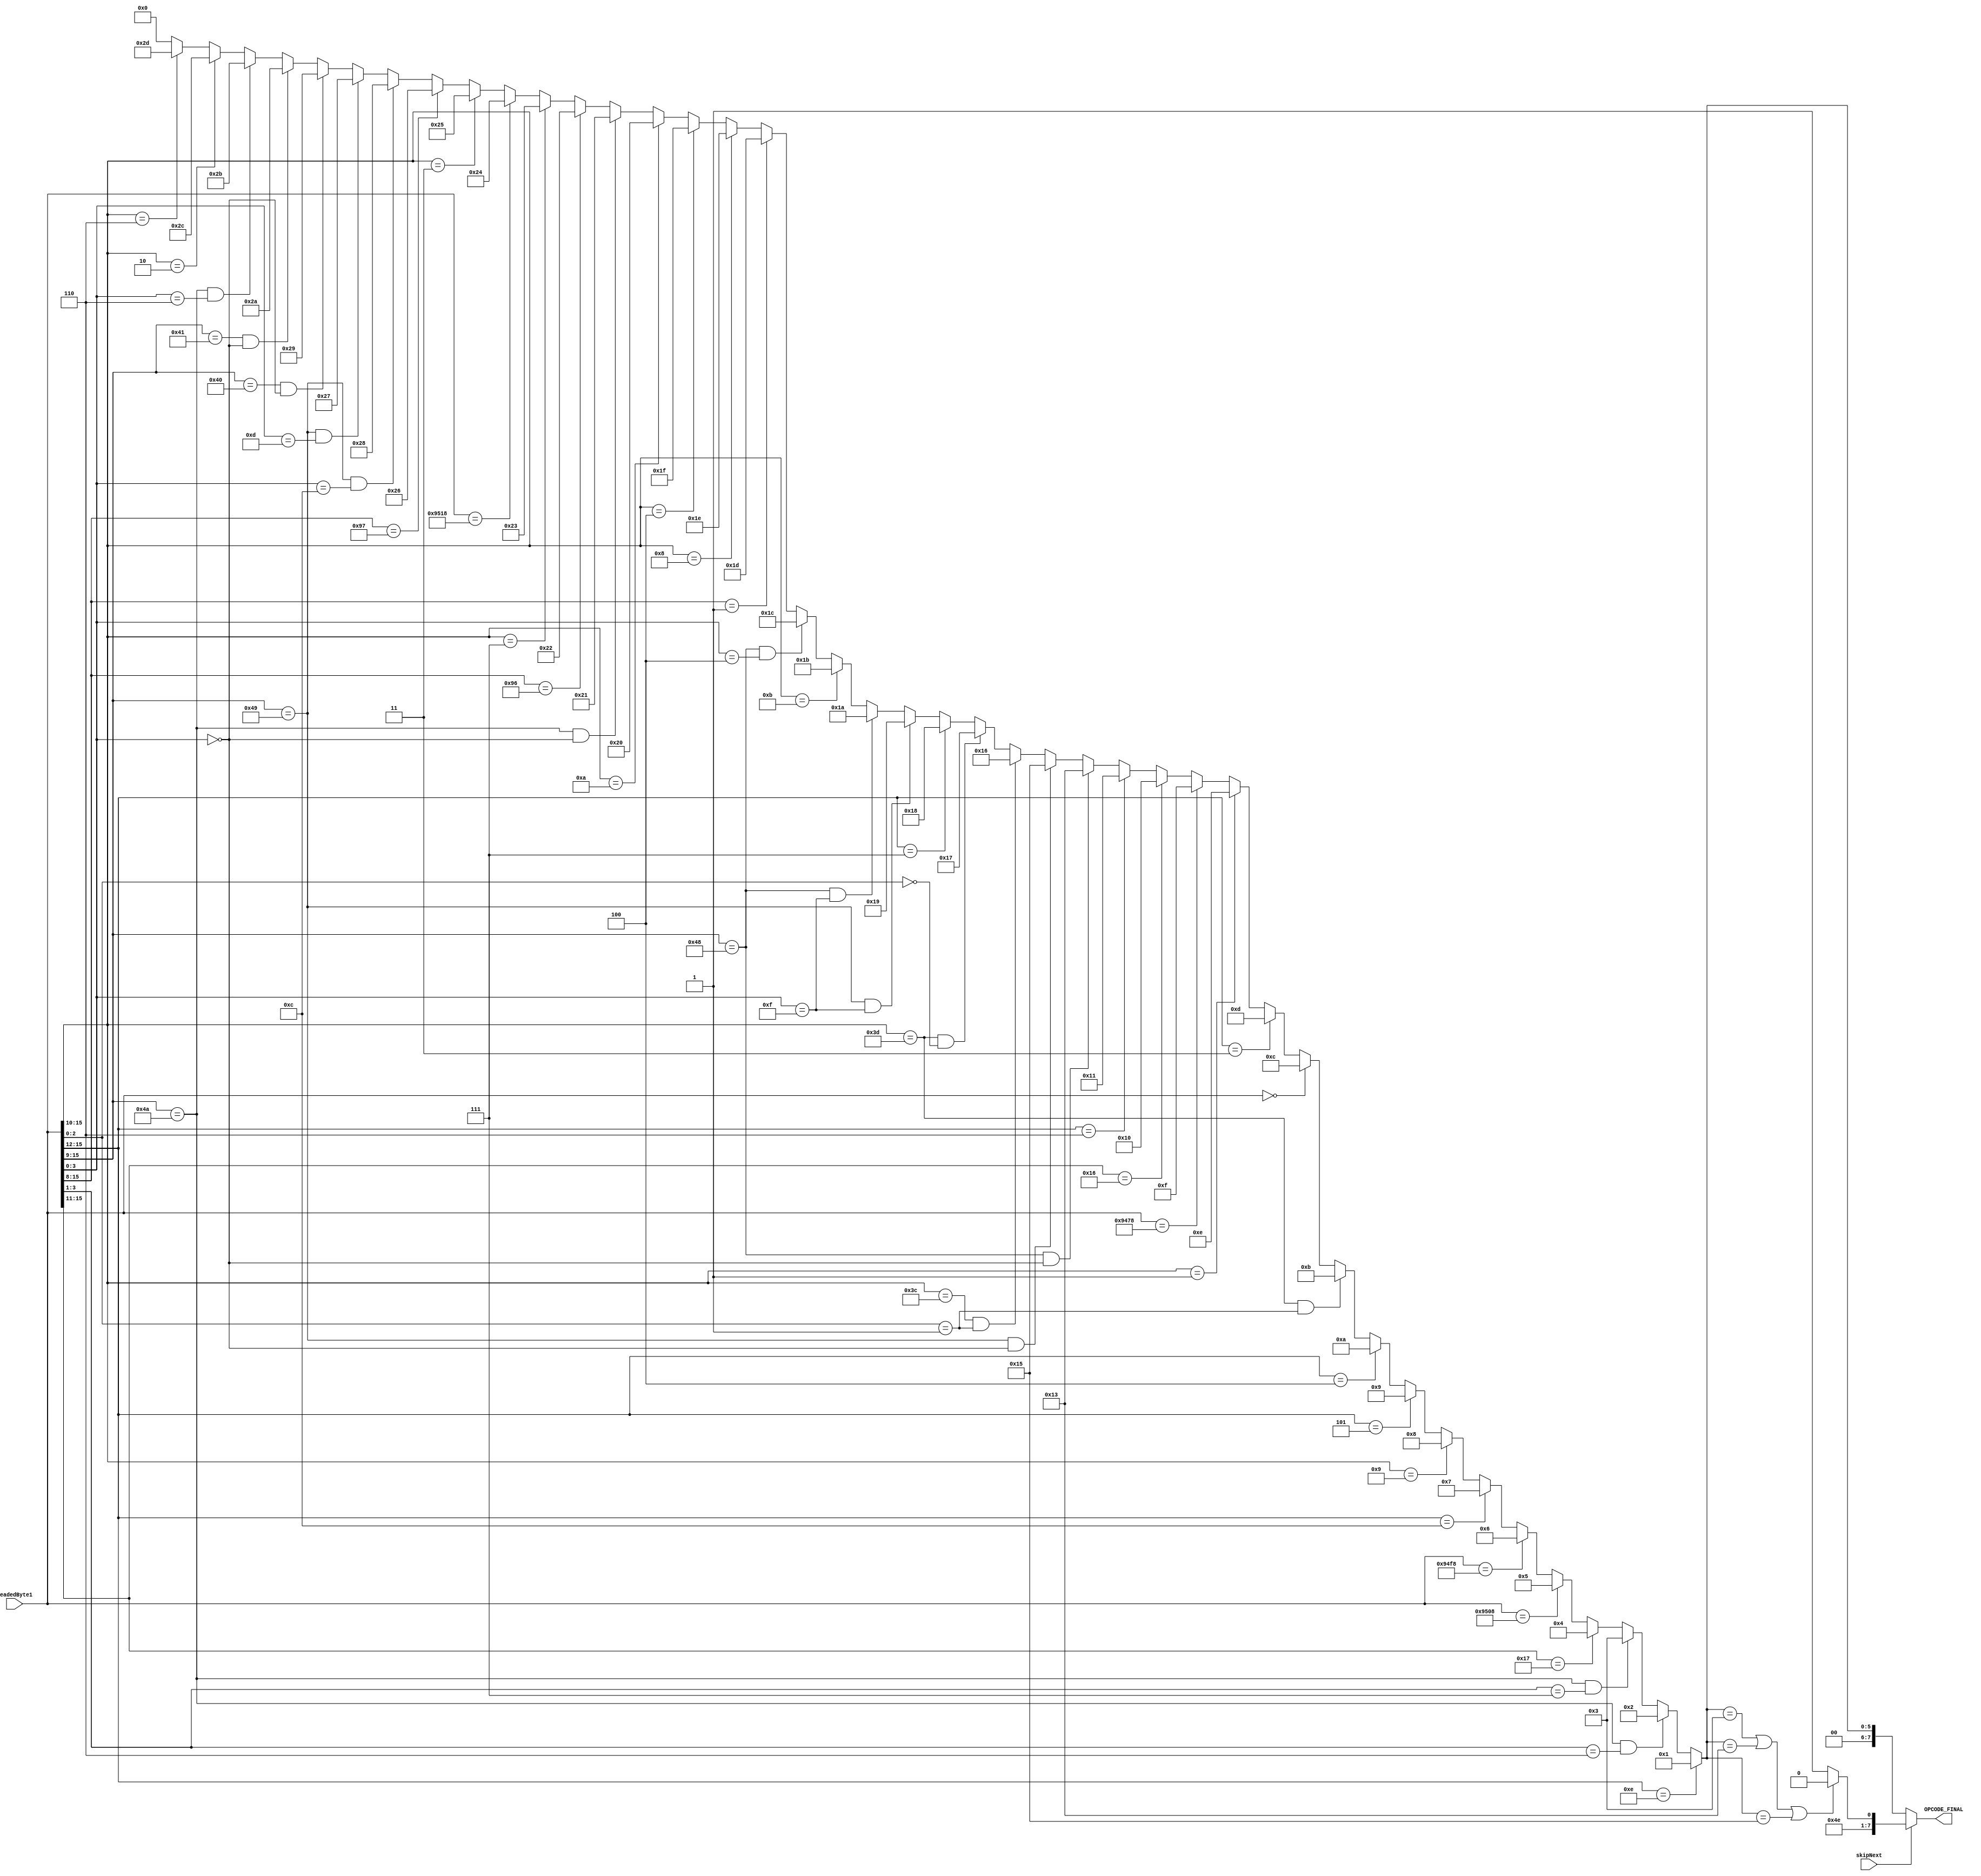
module instructionSelector (
									input [15:0]readedByte1,
									output reg [7:0]OPCODE_FINAL,
									input skipNext);
									
localparam error=8'd0,
ldi=8'd1,
jmp=8'd2,
call=8'd3,
out=8'd4,
ret=8'd5,
cli=8'd6,
rjmp=8'd7,
eor=8'd8,
subi=8'd9,
sbci=8'd10,
brne=8'd11,
nop=8'd12,
cpi=8'd13,
cpc=8'd14,
sei=8'd15,
in=8'd16,
ori=8'd17,
ld=8'd18,
lds=8'd19,
st=8'd20,
sts=8'd21,
breq=8'd22,
brcc=8'd23,
andi=8'd24,
push=8'd25,
pop=8'd26,
mov=8'd27,
lpmII=8'd28,
movw=8'd29,
Xand=8'd30,
cpse=8'd31,
Xor=8'd32,
com=8'd33,
adiw=8'd34,
adc=8'd35,
reti=8'd36,
add=8'd37,
sbiw=8'd38,
stXP=8'd39,
stX=8'd40,
ldZ=8'd41,
stZ=8'd42,
lsr=8'd43,
sbc=8'd44,
sub=8'd45,
skip1=8'd156,
skip2=8'd157;


reg [7:0]OPCODE;
			
always @(*)
begin
	if(readedByte1[15:12]==4'b1110)
			OPCODE<=ldi;
		else if(readedByte1[15:9]==7'b1001010 && readedByte1[3:1]==3'b110)
			OPCODE<=jmp;
		else if(readedByte1[15:9]==7'b1001010 && readedByte1[3:1]==3'b111)
			OPCODE<=call;
		else if(readedByte1[15:11]==5'b10111)
			OPCODE<=out;
		else if(readedByte1==16'b1001010100001000)
			OPCODE<=ret;
		else if(readedByte1==16'b1001010011111000)
			OPCODE<=cli;
		else if(readedByte1[15:12]==4'b1100)
			OPCODE<=rjmp;
		else if(readedByte1[15:10]==6'b001001)
			OPCODE<=eor;
		else if(readedByte1[15:12]==4'b0101)
			OPCODE<=subi;
		else if(readedByte1[15:12]==4'b0100)
			OPCODE<=sbci;
		else if(readedByte1[15:10]==6'b111101 && readedByte1[2:0]==3'b001)
			OPCODE<=brne;
		else if(readedByte1==16'd0)
			OPCODE<=nop;
		else if(readedByte1[15:12]==4'b0011)
			OPCODE<=cpi;
		else if(readedByte1[15:10]==6'b000001)
			OPCODE<=cpc;
		else if(readedByte1==16'b1001010001111000)
			OPCODE<=sei;
		else if(readedByte1[15:11]==5'b10110)
			OPCODE<=in;
		else if(readedByte1[15:12]==4'b0110)
			OPCODE<=ori;
		else if(readedByte1[15:9]==7'b1001000 && readedByte1[3:0]==4'b0000)
			OPCODE<=lds;
		else if(readedByte1[15:9]==7'b1001001 && readedByte1[3:0]==4'b0000)
			OPCODE<=sts;
		else if(readedByte1[15:10]==6'b111100 && readedByte1[2:0]==3'b001)
			OPCODE<=breq;
		else if(readedByte1[15:10]==6'b111101 && readedByte1[2:0]==3'b000)
			OPCODE<=brcc;
		else if(readedByte1[15:12]==4'b0111)
			OPCODE<=andi;
		else if(readedByte1[15:9]==7'b1001001 && readedByte1[3:0]==4'b1111)
			OPCODE<=push;
		else if(readedByte1[15:9]==7'b1001000 && readedByte1[3:0]==4'b1111)
			OPCODE<=pop;
		else if(readedByte1[15:10]==6'b001011)
			OPCODE<=mov;
		else if(readedByte1[15:9]==7'b1001000 && readedByte1[3:0]==4'b0100)
			OPCODE<=lpmII;	
		else if(readedByte1[15:8]==8'b0000001)
			OPCODE<=movw;	
		else if(readedByte1[15:10]==6'b001000)
			OPCODE<=Xand;	
		else if(readedByte1[15:10]==6'b000100)
			OPCODE<=cpse;	
		else if(readedByte1[15:10]==6'b001010)
			OPCODE<=Xor;
		else if(readedByte1[15:9]==7'b1001010 && readedByte1[3:0]==4'b0000)
			OPCODE<=com;
		else if(readedByte1[15:8]==8'b10010110)
			OPCODE<=adiw;
		else if(readedByte1[15:10]==6'b000111)
			OPCODE<=adc;
		else if(readedByte1==16'b1001010100011000)
			OPCODE<=reti;
		else if(readedByte1[15:10]==6'b000011)
			OPCODE<=add;
		else if(readedByte1[15:8]==8'b10010111)
			OPCODE<=sbiw;
		else if(readedByte1[15:9]==7'b1001001 && readedByte1[3:0]==4'b1100)
			OPCODE<=stX;
		else if(readedByte1[15:9]==7'b1001001 && readedByte1[3:0]==4'b1101)
			OPCODE<=stXP;
		else if(readedByte1[15:9]==7'b1000000 && readedByte1[3:0]==4'b0000)
			OPCODE<=ldZ;
		else if(readedByte1[15:9]==7'b1000001 && readedByte1[3:0]==4'b0000)
			OPCODE<=stZ;	
		else if(readedByte1[15:9]==7'b1001010 && readedByte1[3:0]==4'b0110)
			OPCODE<=lsr;
		else if(readedByte1[15:10]==6'b000010)
			OPCODE<=sbc;
		else if(readedByte1[15:10]==6'b000110)
			OPCODE<=sub;
			
			//OPCODE<=error;
	
		else 
			OPCODE<=error;
	
end

			
always @(*)
begin

	if(skipNext==1)
	begin
		if(OPCODE==call || OPCODE==lds|| OPCODE==sts)
		begin
			OPCODE_FINAL<=skip1;
		end
		else
		begin
			OPCODE_FINAL<=skip2;
		end
	end
	else
	begin
		OPCODE_FINAL=OPCODE;
	end
end
			
endmodule